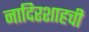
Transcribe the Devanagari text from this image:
नादिरशाहची